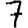
Digit: 7